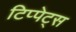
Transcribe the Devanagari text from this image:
टिप्‍पेट्स